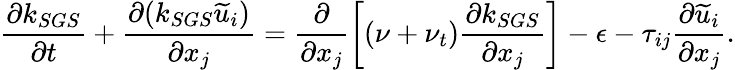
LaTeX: \frac{\partial k_{SGS}}{\partial t}+\frac{\partial(k_{SGS}\widetilde{u}_{i})}{\partial x_{j}}=\frac{\partial}{\partial x_{j}}\left[(\nu+\nu_{t})\frac{\partial k_{SGS}}{\partial x_{j}}\right]-\epsilon-\tau_{ij}\frac{\partial\widetilde{u}_{i}}{\partial x_{j}}.